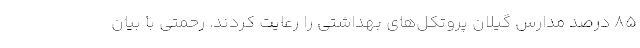
85 درصد مدارس گیلان پروتکل‌های بهداشتی را رعایت کردند. رحمتی با بیان